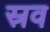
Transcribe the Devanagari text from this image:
स्रव